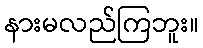
နားမလည်ကြဘူး။